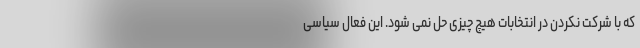
که با شرکت نکردن در انتخابات هیچ چیزی حل نمی شود. این فعال سیاسی